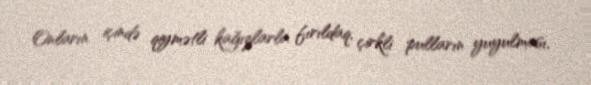
Onların içində qiymətli kağızlarla fırıldaq, çirkli pulların yuyulması,